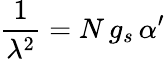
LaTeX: \frac{1}{\lambda^{2}}=N\, g_{s}\, \alpha^{\prime}